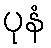
ပုနံ